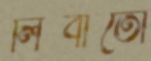
লিবার্তো